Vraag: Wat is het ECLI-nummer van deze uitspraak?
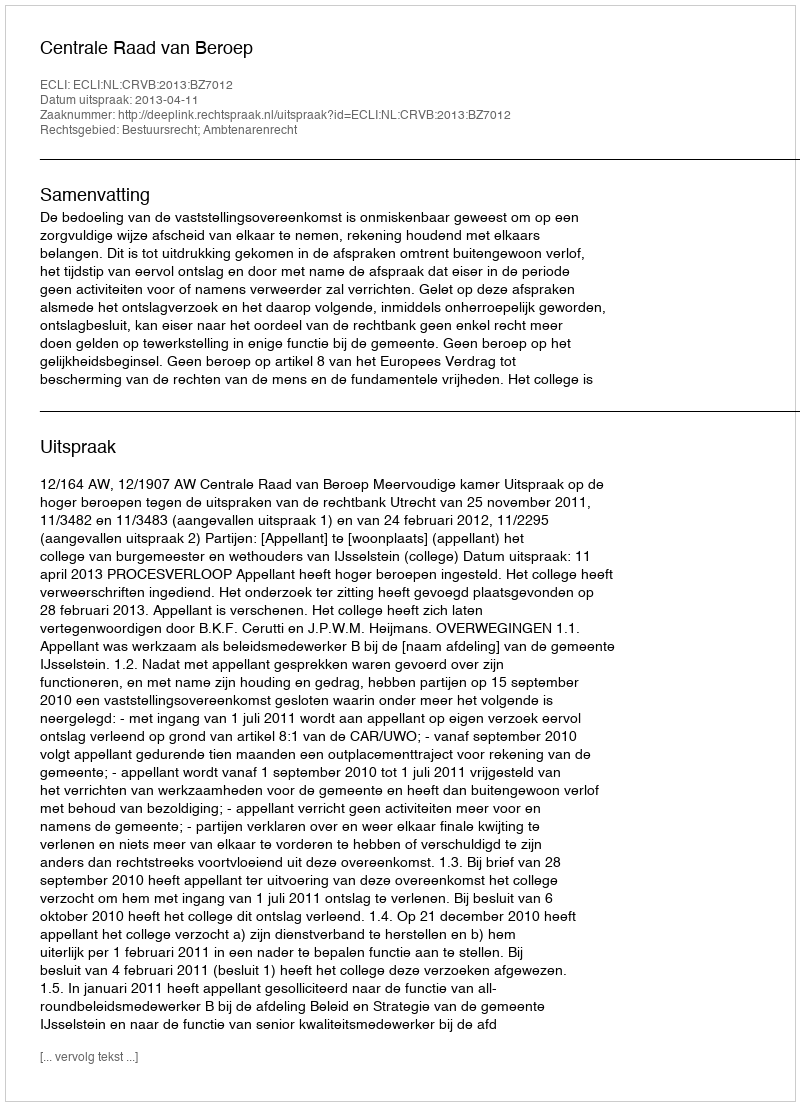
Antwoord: ECLI:NL:CRVB:2013:BZ7012